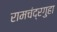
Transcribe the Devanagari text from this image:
रामचंद्रगुहा